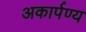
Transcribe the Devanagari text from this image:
अकार्पण्य